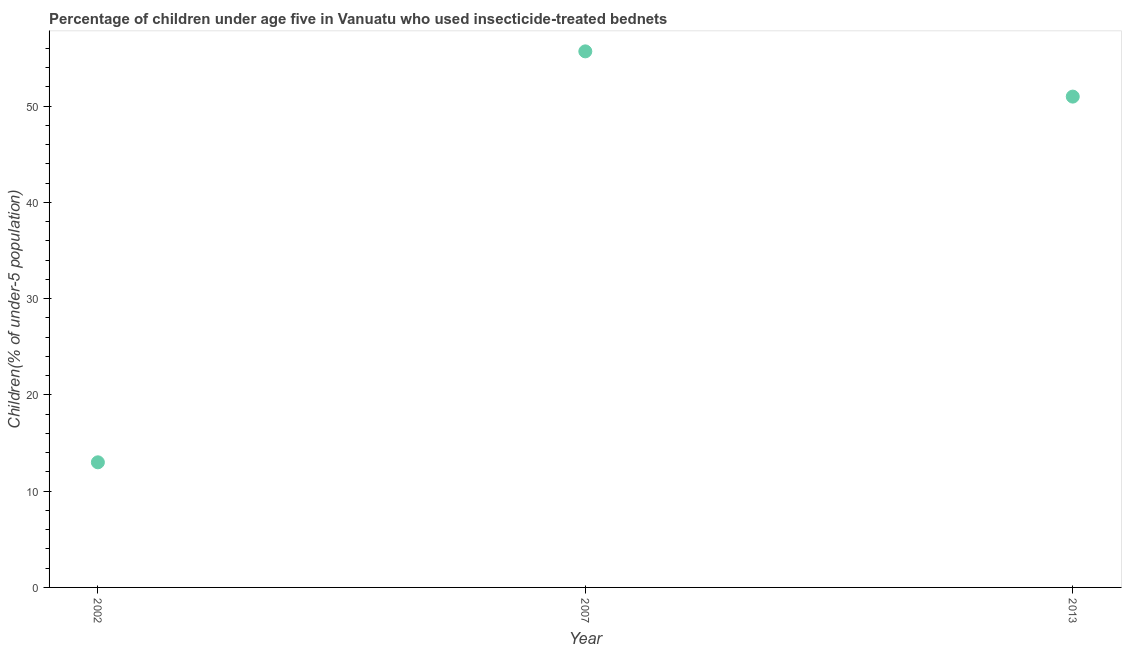
| Year | Use of insecticide-treated bed nets (% of under-5 population) |
 | --- | --- |
 | 2002 | 13 |
 | 2007 | 55.7 |
 | 2013 | 51 |